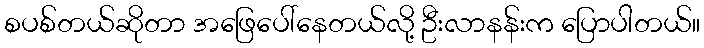
စပစ်တယ်ဆိုတာ အဖြေပေါ်နေတယ်လို့ ဦးလာနန်းက ပြောပါတယ်။